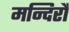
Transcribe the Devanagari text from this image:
मन्दिरौ